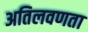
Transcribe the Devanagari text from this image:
अतिलवणता